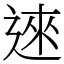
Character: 逨